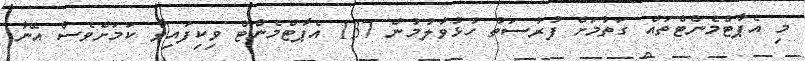
މި އެޕާޓްމެންޓްތައް ގަތުމަށް ފުރުސަތު ހުޅުވާލުމުން 137 އެޕާޓްމެންޓް ވިކިފައިވާ ކަމަށްވެސް އޭނާ